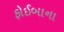
ફોઈબાના